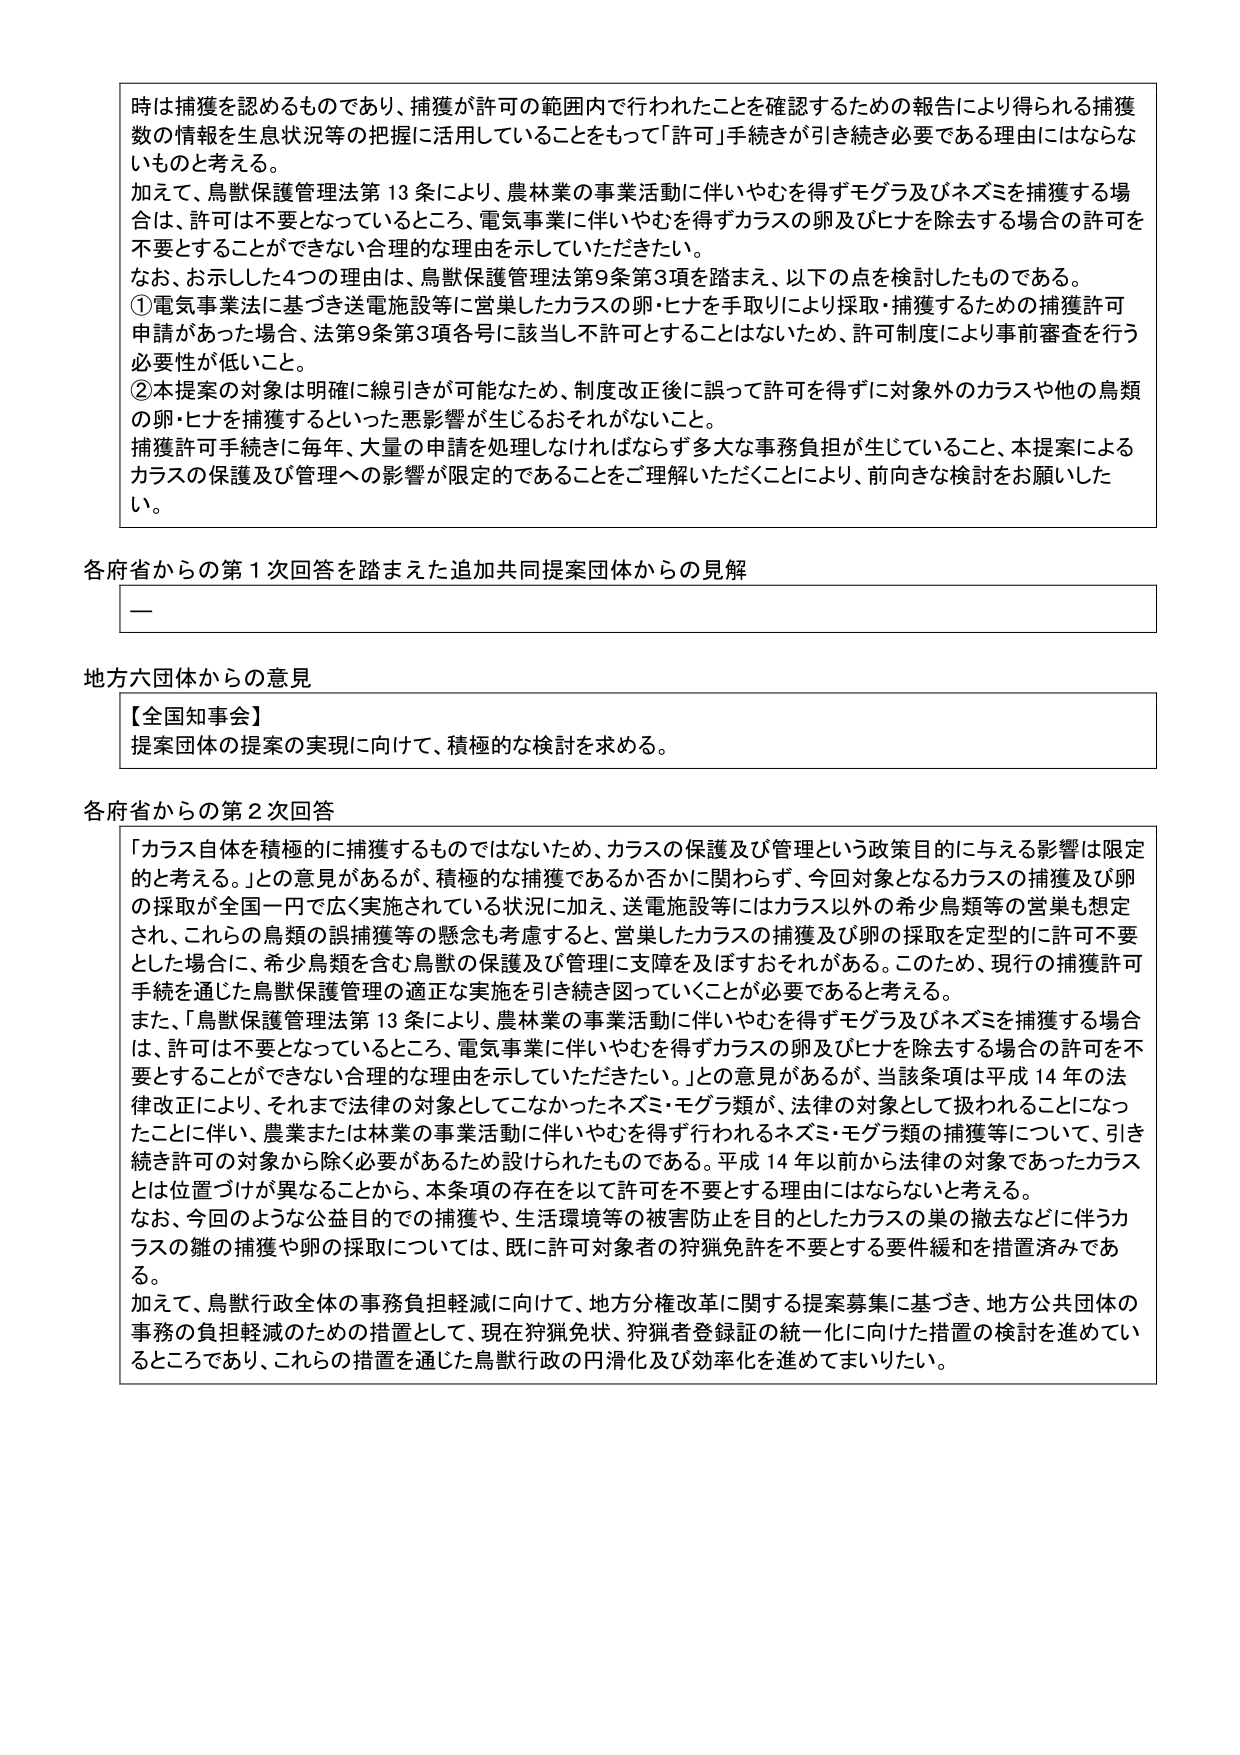
時は捕獲を認めるものであり、捕獲が許可の範囲内で行われたことを確認するための報告により得られる捕獲数の情報を生息状況等の把握に活用していることをもって「許可」手続きが引き続き必要である理由にはならないものと考える。

加えて、鳥獣保護管理法第13条により、農林業の事業活動に伴いやむを得ずモグラ及びネズミを捕獲する場合は、許可は不要となっているところ、電気事業に伴いやむを得ずカラスの卵及びヒナを除去する場合の許可を不要とすることが出来ない合理的な理由を示していただきたい。

なお、お示しした4つの理由は、鳥獣保護管理法第9条第3項を踏まえ、以下の点を検討したものである。

①電気事業法に基づき送電施設等に営巣したカラスの卵・ヒナを手取りにより採取・捕獲するための捕獲許可申請があった場合、法第9条第3項各号に該当し不許可とすることはないため、許可制度により事前審査を行う必要性が低いこと。

②本提案の対象は明確に線引きが可能なため、制度改正後に誤って許可を得ずに対象外のカラスや他の鳥類の卵・ヒナを捕獲するといった悪影響が生じるおそれがないこと。

捕獲許可手続きに毎年、大量の申請を処理しなければならず多大な事務負担が生じていること、本提案によるカラスの保護及び管理への影響が限定的であることをご理解いただくことにより、前向きな検討をお願いしたい。

各府省からの第1次回答を踏まえた追加共同提案団体からの見解

—

地方六団体からの意見

【全国知事会】
提案団体の提案の実現に向けて、積極的な検討を求める。

各府省からの第2次回答

「カラス自体を積極的に捕獲するものではないため、カラスの保護及び管理という政策目的に与える影響は限定的と考える。」との意見があるが、積極的な捕獲であるか否かに関わらず、今回対象となるカラスの捕獲及び卵の採取が全国一円で広く実施されている状況に加え、送電施設等にはカラス以外の希少鳥類等の営巣も想定され、これらの鳥類の誤捕獲等の懸念も考慮すると、営巣したカラスの捕獲及び卵の採取を定型的に許可不要とした場合に、希少鳥類を含む鳥獣の保護及び管理に支障を及ぼすおそれがある。このため、現行の捕獲許可手続を通じた鳥獣保護管理の適正な実施を引き続き図っていくことが必要であると考える。

また、「鳥獣保護管理法第13条により、農林業の事業活動に伴いやむを得ずモグラ及びネズミを捕獲する場合は、許可は不要となっているところ、電気事業に伴いやむを得ずカラスの卵及びヒナを除去する場合の許可を不要とすることが出来ない合理的な理由を示していただきたい。」との意見があるが、当該条項は平成14年の法律改正により、それまで法律の対象としてこなかったネズミ・モグラ類が、法律の対象として扱われることになったことに伴い、農業または林業の事業活動に伴いやむを得ず行われるネズミ・モグラ類の捕獲等について、引き続き許可の対象から除く必要があるため設けられたものである。平成14年以前から法律の対象であったカラスとは位置づけが異なることから、本条項の存在を以て許可を不要とする理由にはならないと考える。

なお、今回のような公益目的での捕獲や、生活環境等の被害防止を目的としたカラスの巣の撤去などに伴うカラスの雛の捕獲や卵の採取については、既に許可対象者の狩猟免許を不要とする要件緩和を措置済みである。

加えて、鳥獣行政全体の事務負担軽減に向けて、地方分権改革に関する提案募集に基づき、地方公共団体の事務の負担軽減のための措置として、現在狩猟免状、狩猟者登録証の統一化に向けた措置の検討を進めているところであり、これらの措置を通じた鳥獣行政の円滑化及び効率化を進めてまいりたい。